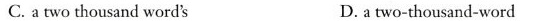
C.atwo thousand word's D. a two-thousand-word